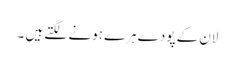
لان کے پودے ہرے ہونے لگتے ہیں ۔